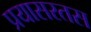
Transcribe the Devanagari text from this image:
प्रयासरतस